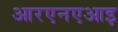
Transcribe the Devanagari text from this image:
आरएनएआइ